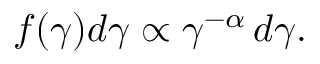
\begin{array} { r } { f ( \gamma ) d \gamma \propto \gamma ^ { - \alpha } \, d \gamma . } \end{array}